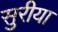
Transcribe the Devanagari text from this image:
सुरीया